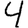
Digit: 4